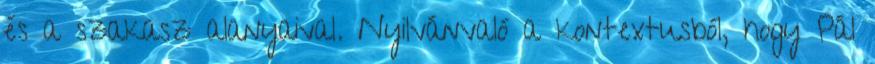
és a szakasz alanyaival. Nyilvánvaló a kontextusból, hogy Pál